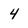
Character: 4